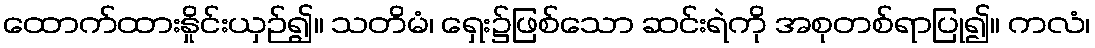
ထောက်ထားနှိုင်းယှဉ်၍။ သတိမံ၊ ရှေး၌ဖြစ်သော ဆင်းရဲကို အစုတစ်ရာပြု၍။ ကလံ၊